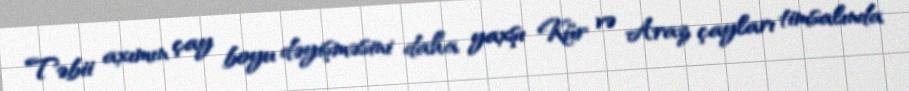
Təbii axımın çay boyu dəyişməsini daha yaxşı Kür və Araz çayları timsalında